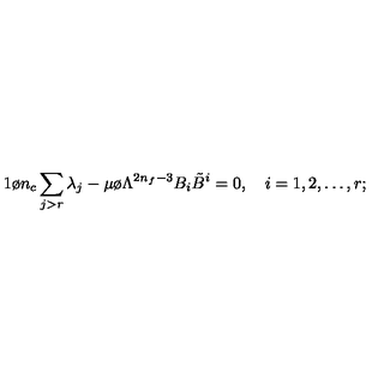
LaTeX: { 1 \o n _ { c } } \sum _ { j > r } \lambda _ { j } - { \mu \o \Lambda ^ { 2 n _ { f } - 3 } } B _ { i } { \tilde { B } } ^ { i } = 0 , \quad i = 1 , 2 , \ldots , r ;